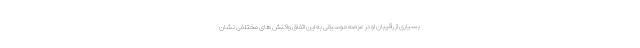
بسیاری از رقیبان او در عرصه موسیقی به این اتفاق واکنش های مختلفی نشان